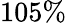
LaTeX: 105\%